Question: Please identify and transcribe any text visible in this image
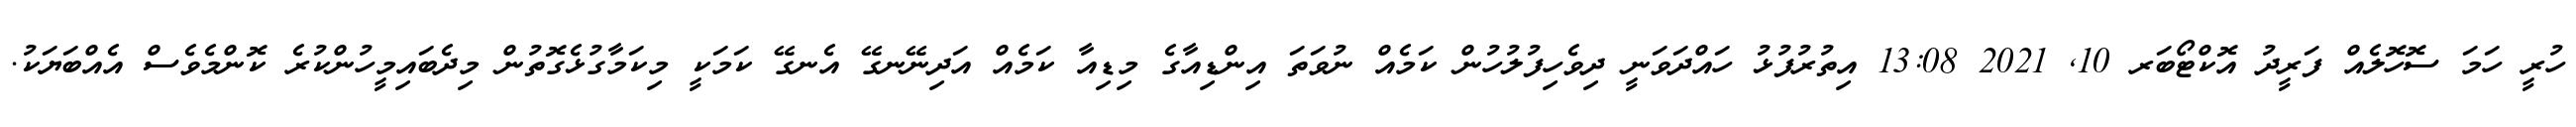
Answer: ހުރީ ހަމަ ސޮހޮލެއް ފަރީދު އޮކްޓޯބަރ 10, 2021 13:08 އިތުރުފުޅު ހައްދަވަނީ ދިވެހިފުލުހުން ކަމެއް ނުވަތަ އިންޑިއާގެ މިޑިއާ ކަމެއް އަދިނޭނގޭ އެނގޭ ކަމަކީ މިކަމާގުޅެގޮތުން މިދެބައިމީހުންކުރެ ކޮންމެވެސް އެއްބަޔަކު.